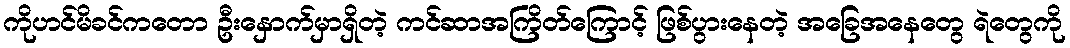
ကိုဟင်မိခင်ကတော ဦးနှောက်မှာရှိတဲ့ ကင်ဆာအကြိတ်ကြောင့် ဖြစ်ပွားနေတဲ့ အခြေအနေတွေ ရဲတွေကို